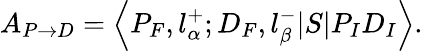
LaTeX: A_{P\rightarrow D}=\left\langle P_{F},l_{\alpha}^{+};D_{F},l_{\beta}^{-}|S|P_{I}D_{I}\right\rangle.